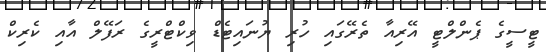
ޓީސީގެ ޕެންލްޓީ އޭރިއާ ތެރޭގައި ހުރި ޔުނައިޓެޑް ވިކްޓްރީގެ ރަފޭލް އާއި ކެރިކް